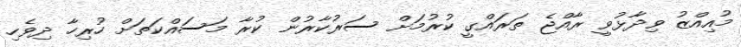
މުއިއްޒު ވިދާޅުވީ ރާއްޖެ ތަރައްގީ ކުރުމަށް ސަރުކާރުން ކުރާ މަސައްކަތަށް ހުރިހާ ދިވެހި